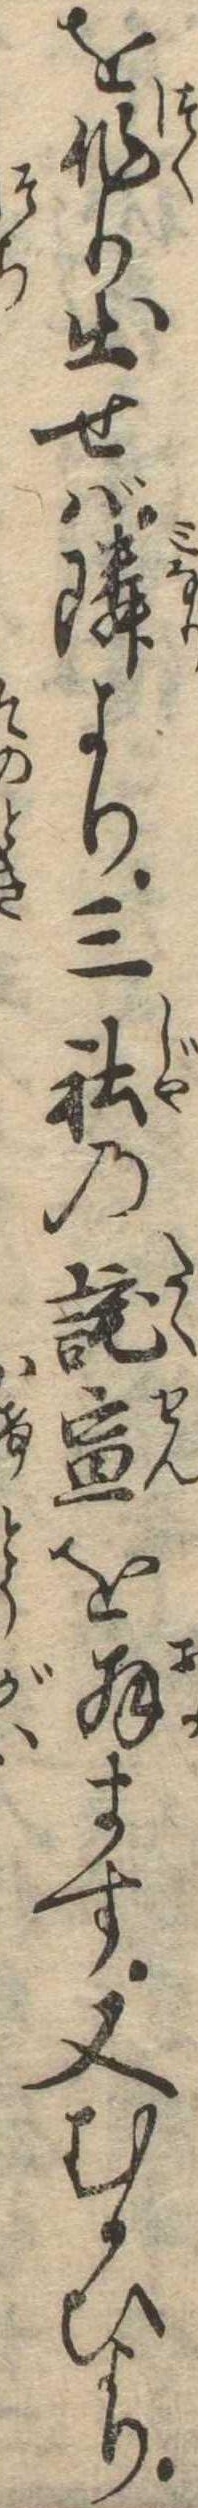
を作り出せば隣より三社の詫宣を拝ます又むかひより